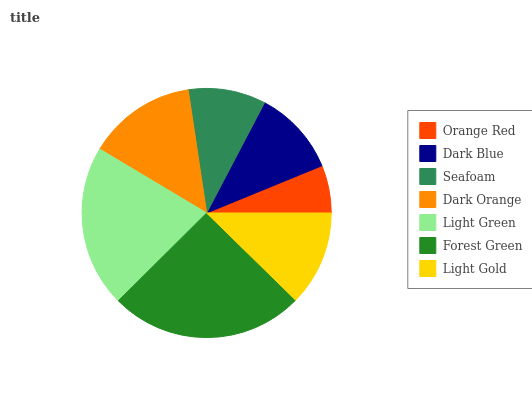
| Orange Red | Dark Blue | Seafoam | Dark Orange | Light Green | Forest Green | Light Gold |
 | --- | --- | --- | --- | --- | --- | --- |
 | 6.2% | 11.1% | 10.1% | 14.1% | 21% | 25.2% | 12.3% |